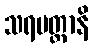
သရပတ္တာနိ